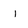
Character: i